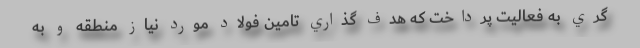
گري به فعاليت پرداخت كه هدف گذاري تامين فولاد مورد نياز منطقه و به